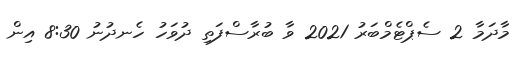
މާދަމާ 2 ސެޕްޓެމްބަރު 2021 ވާ ބުރާސްފަތި ދުވަހު ހެނދުނު 8:30 އިން